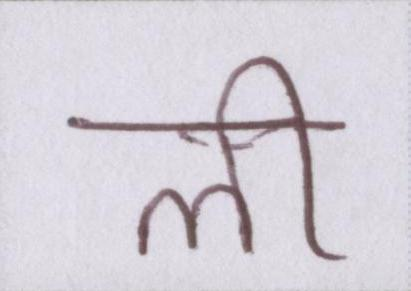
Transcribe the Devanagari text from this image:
ली